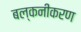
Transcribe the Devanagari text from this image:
बल्कनीकरण